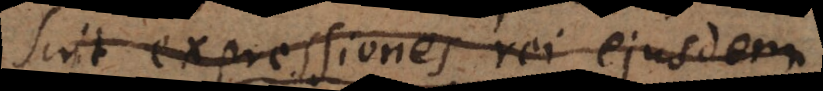
sint expressiones rei ejusdem.